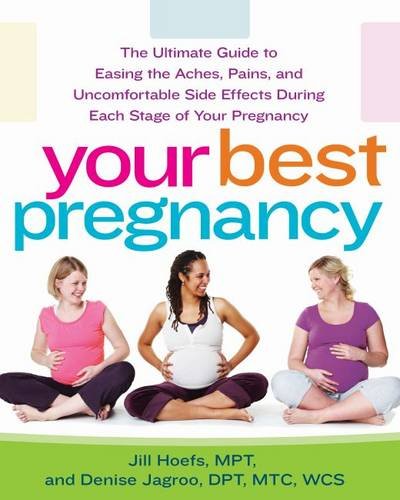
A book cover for Your Best Pregnancy: "The Ultimate Guide to Easing the Aches, Pains, and Uncomfortable Side Effects During Each Stage of Your Pregnancy"; Jill Hoefs MPT; Health, Fitness & Dieting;